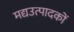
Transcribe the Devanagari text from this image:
मद्यउत्पादकों